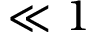
\ll 1